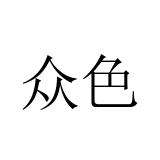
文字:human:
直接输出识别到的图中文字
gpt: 众色